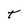
Character: t